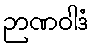
ဉာဏဝါဒံ